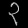
Digit: ၃